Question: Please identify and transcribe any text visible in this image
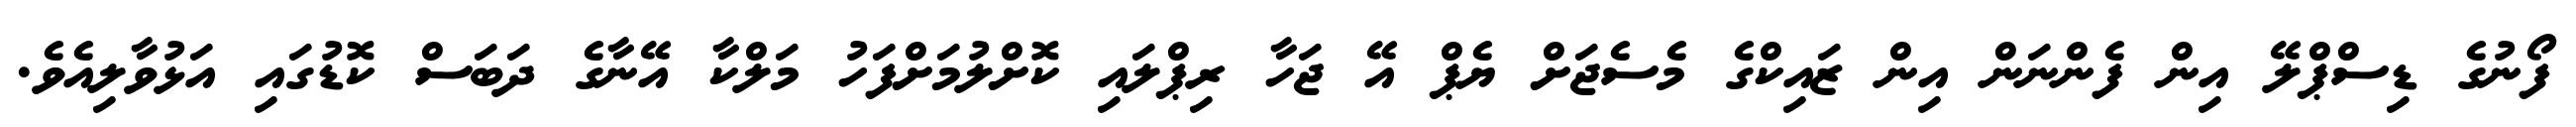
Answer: ފޯނުގެ ޑިސްޕްލޭ އިން ފެންނަން އިން ޒައިކްގެ މެސެޖަށް ޔެޕް އޭ ޖަހާ ރިޕްލައި ކޮށްލުމަށްފަހު މަލްކާ އޭނާގެ ދަބަސް ކޮޑުގައި އަޅުވާލިއެވެ.